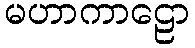
မဟာကာဠော